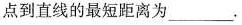
点到直线的最短距离为___。